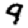
Digit: 9